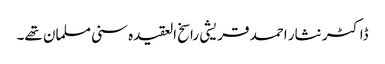
ڈاکٹر نثار احمد قریشی راسخ العقیدہ سنی مسلمان تھے۔